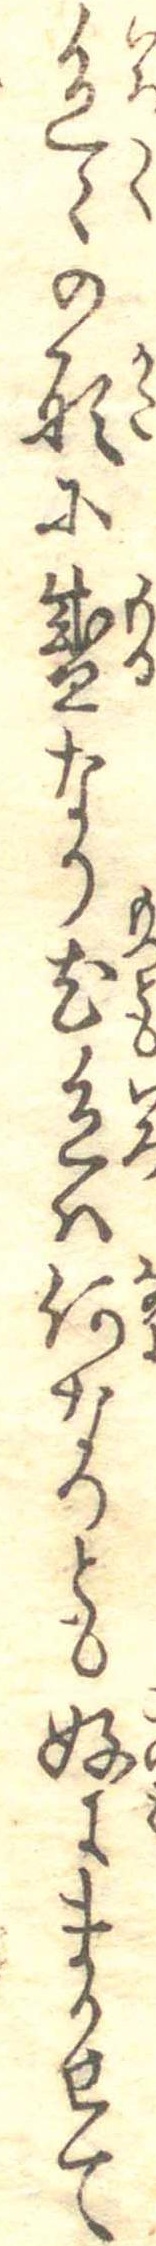
色々の形に盛なり尤色は何なりとも好にまかせて